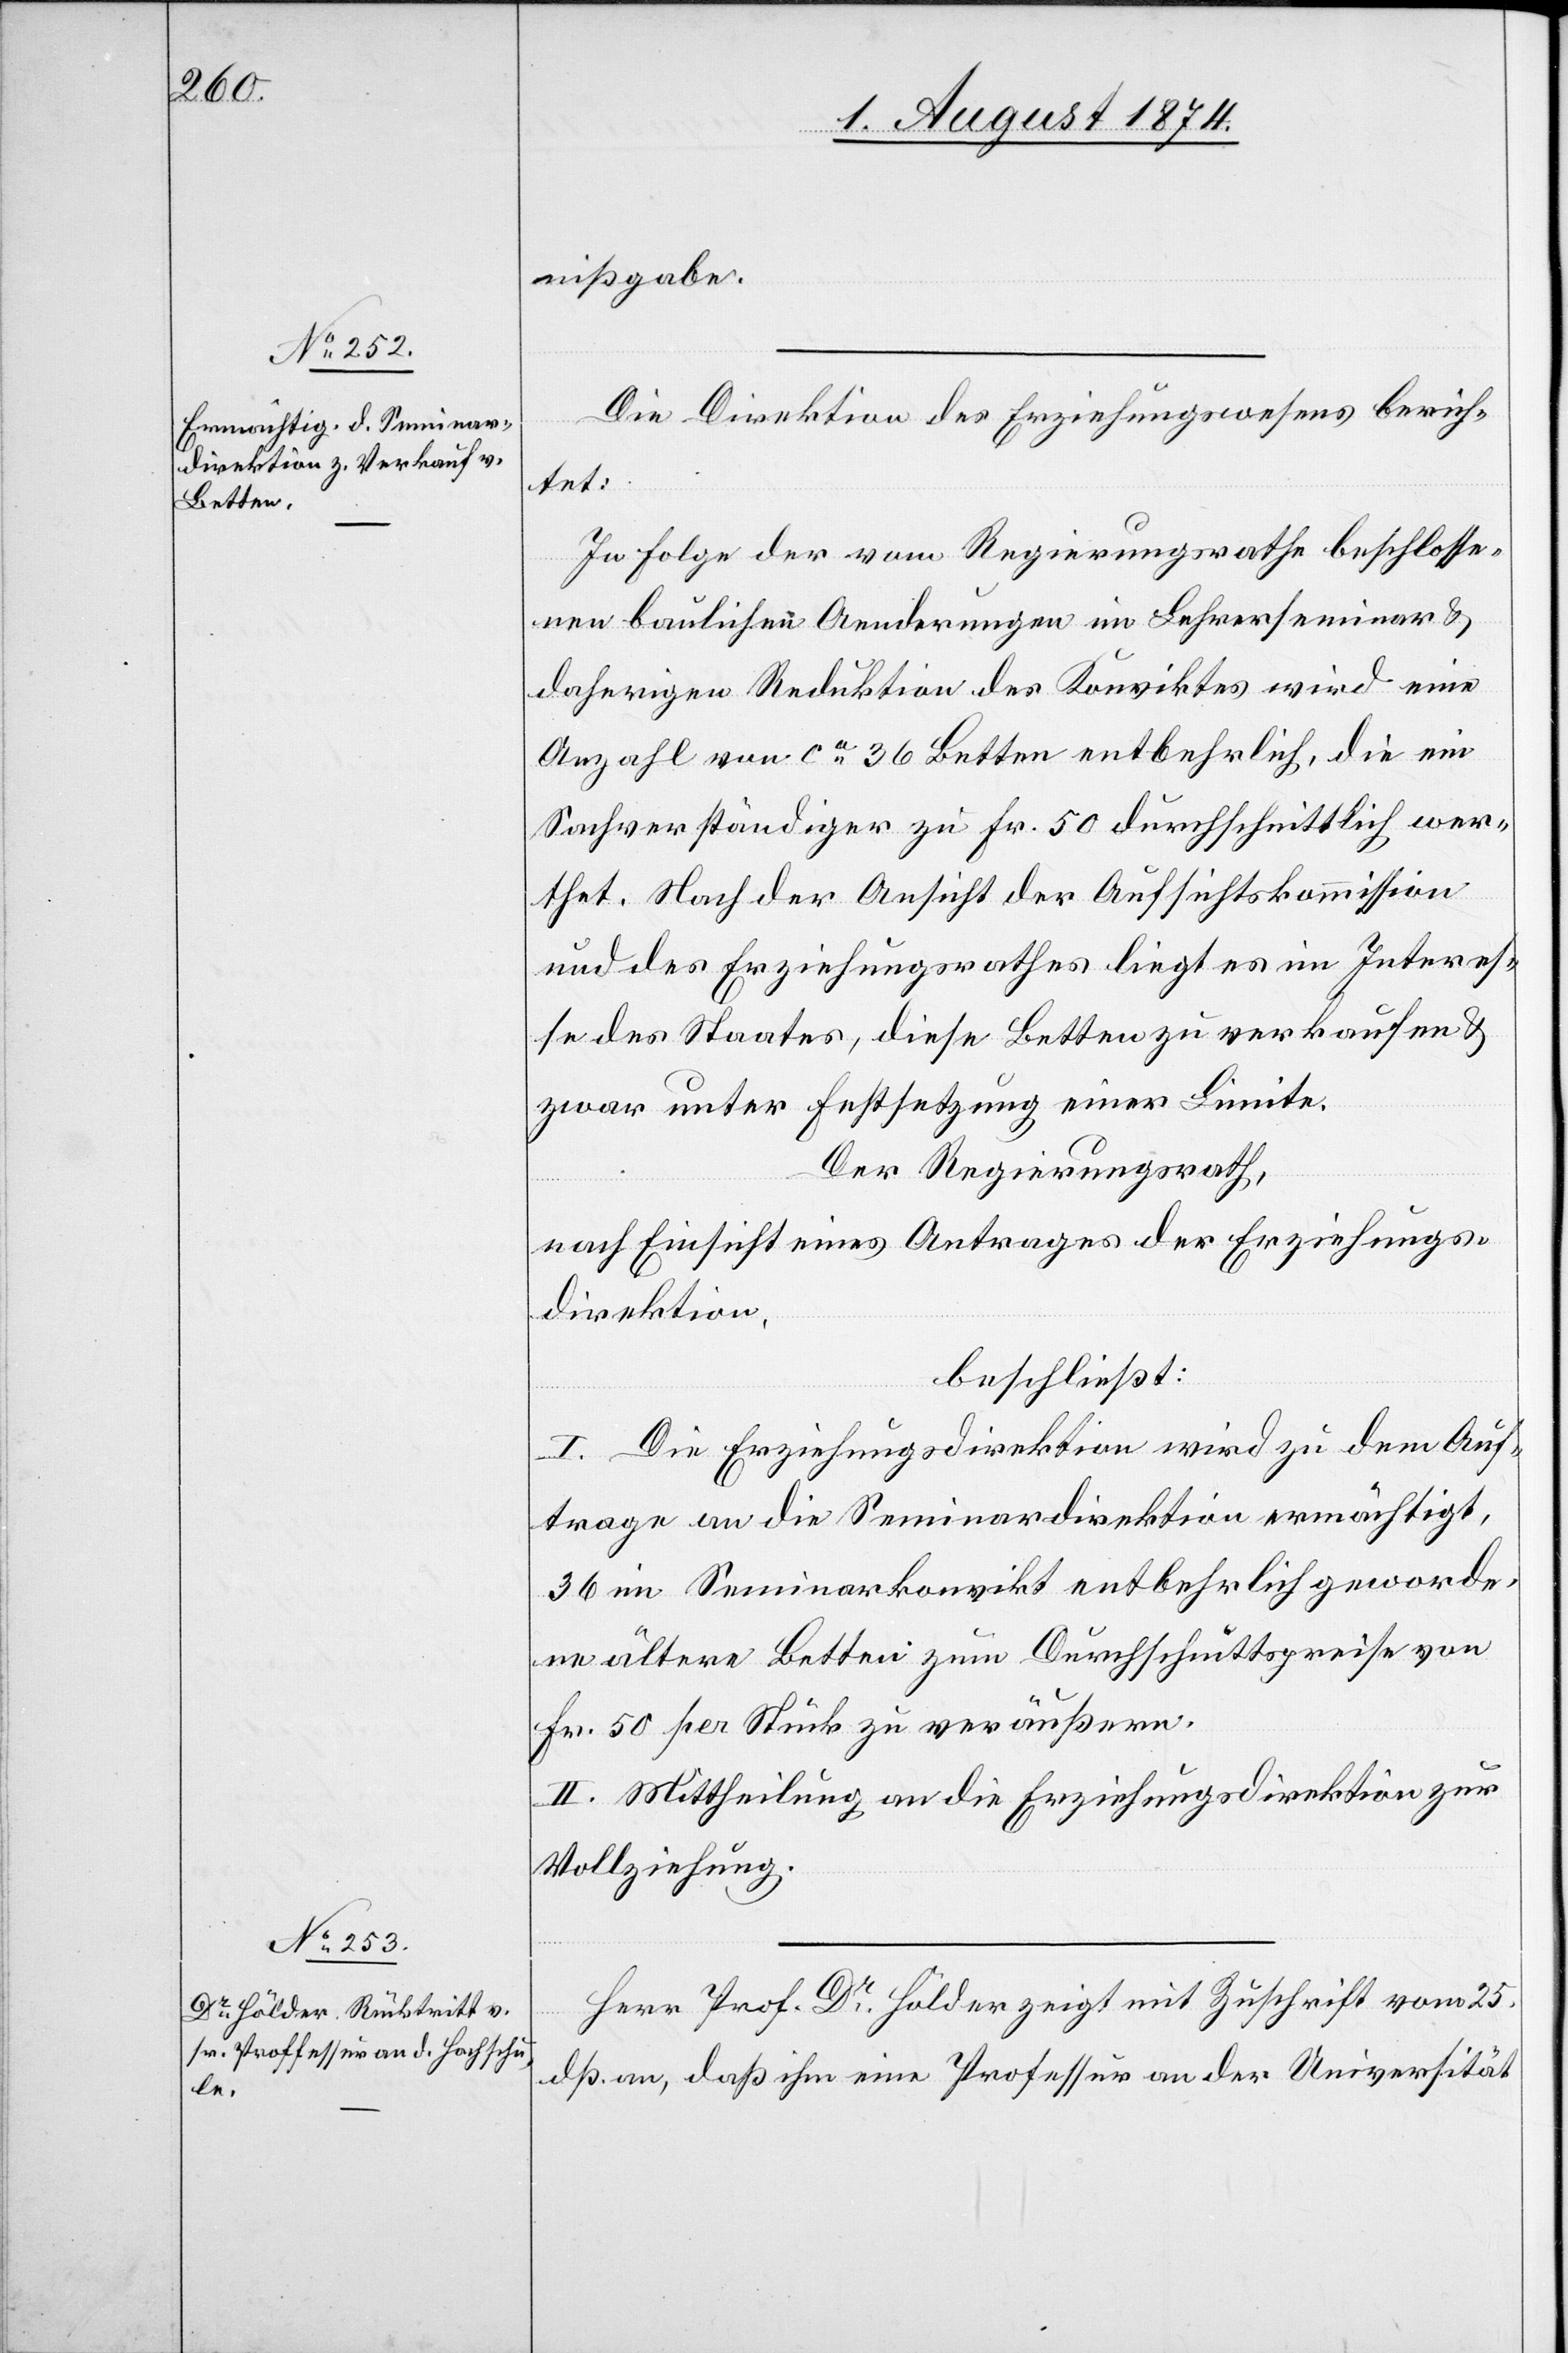
nißgabe.
Die Direktion des Erziehungswesens berich¬
tet:
In Folge der vom Regierungsrathe beschlosse¬
nen baulichen Aenderungen im Lehrerseminar u.
daherigen Reduktion des Konviktes wird eine
Anzahl von ca 36 Betten entbehrlich, die ein
Sachverständiger zu Fr. 50 durchschnittlich wer¬
thet. Nach der Ansicht der Aufsichtskommission
und des Erziehungsrathes liegt es im Interes¬
se des Staates, diese Betten zu verkaufen u.
zwar unter Festsetzung einer Limite.
Der Regierungsrath,
nach Einsicht eines Antrages der Erziehungs¬
direktion,
beschließt:
I. Die Erziehungsdirektion wird zu dem Auf¬
trage an die Seminardirektion ermächtigt,
36 im Seminarkonvikt entbehrlich geworde¬
ne ältere Betten zum Durchschnittspreise von
Fr. 50 per Stück zu veräußern.
II. Mittheilung an die Erziehungsdirektion zur
Vollziehung.
Herr Prof. Dr Hölder zeigt mit Zuschrift vom 25.
dß. an, daß ihm eine Professur an der Universität